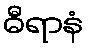
ဓီရာနံ